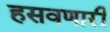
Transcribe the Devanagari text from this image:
हसवणारी